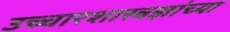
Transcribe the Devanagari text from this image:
उच्चारशास्त्रज्ञांच्या